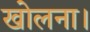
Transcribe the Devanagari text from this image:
खोलना।